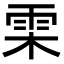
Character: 雬